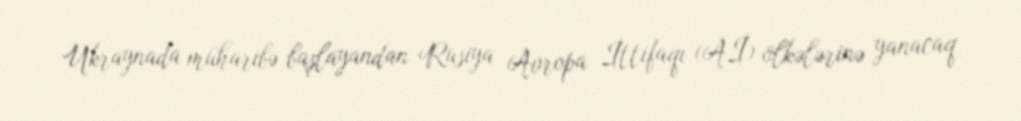
Ukraynada müharibə başlayandan Rusiya Avropa İttifaqı (Aİ) ölkələrinə yanacaq